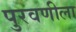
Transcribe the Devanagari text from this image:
पुरवणीला